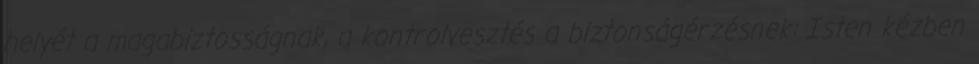
helyét a magabiztosságnak, a kontrolvesztés a biztonságérzésnek: Isten kézben